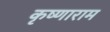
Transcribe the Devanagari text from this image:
कृष्णाराम